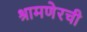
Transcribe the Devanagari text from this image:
श्रामणेरची